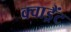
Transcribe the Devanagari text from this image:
क्वाड्रैंट